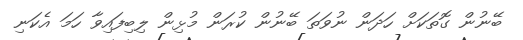
ބޭނުން ގޮތަކަށް ހަދަން ނުވަތަ ބޭނުން ކުރަން މުޅިން ލިބިފައިވާ ހަމަ އެކަނި